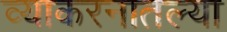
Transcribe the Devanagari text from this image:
व्याकरनातल्या